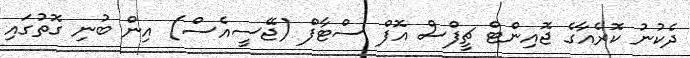
ދެކުނު ކޮރެއާގެ ޖޮއިންޓް ޗީފްސް އޮފް ސްޓާފް (ޖޭސީއެސް) އިން ބުނި ގޮތުގައި